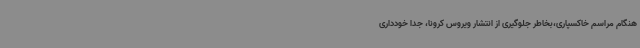
هنگام مراسم خاکسپاری،بخاطر جلوگیری از انتشار ویروس کرونا، جدا خودداری